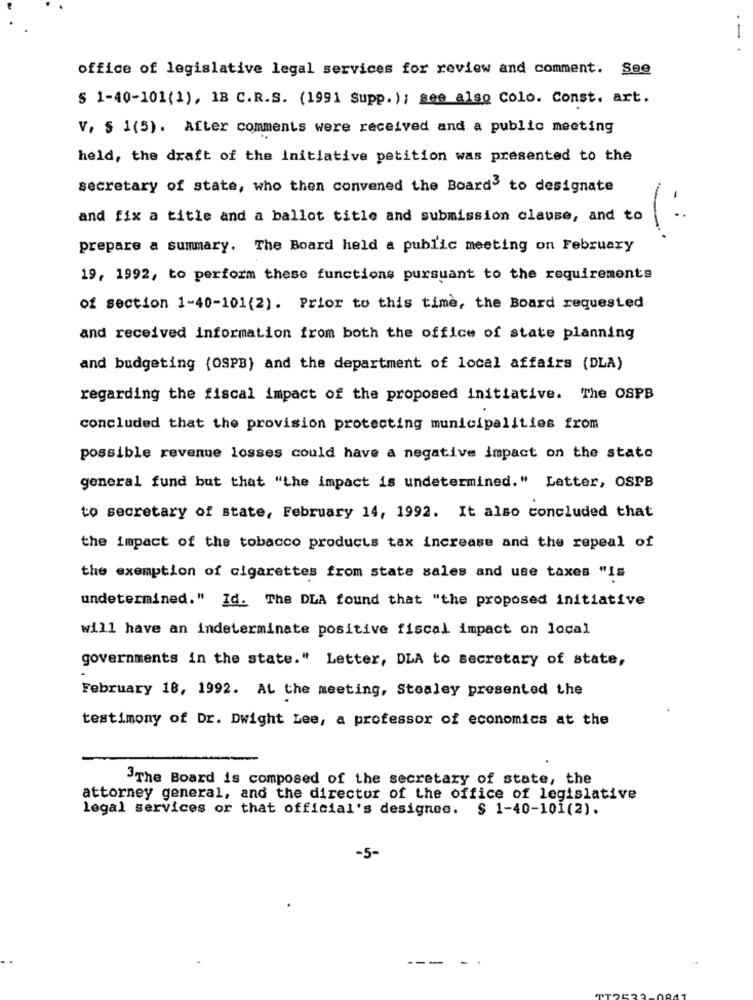
-
office of legislative legal services for review and comment. See
5 1-40-101(1), 1B C.R.S. (1991 Supp. ); see also Colo. Const. art.
V, § 1(5). After comments were received and a public meeting
held, the draft of the initiative petition was presented to the
secretary of state, who then convened the Board to designate
and fix a title and a ballot title and submission clause, and to
(:
prepare a summary. The Board held a public meeting on February
19, 1992, to perform these functions pursuant to the requirements
of section 1-40-101(2). Prior to this time, the Board requested
and received information from both the office of state planning
and budgeting (OSPB) and the department of local affairs (DLA)
regarding the fiscal impact of the proposed initiative. The OSPB
concluded that the provision protecting municipalities from
possible revenue losses could have a negative impact on the state
general fund but that "the impact is undetermined." Letter, OSPB
to secretary of state, February 14, 1992. It also concluded that
the impact of the tobacco products tax increase and the repeal of
the exemption of cigarettes from state sales and use taxes "Is
undetermined." Id. The DLA found that "the proposed initiative
will have an indeterminate positive fiscal impact on local
governments in the state." Letter, DLA to secretary of state,
February 18, 1992. AL the meeting, Stealey presented the
testimony of Dr. Dwight Lee, a professor of economics at the
3The Board is composed of the secretary of state, the
attorney general, and the director of the office of legislative
legal services or that official's designee. § 1-40-101(2).
-5-
-